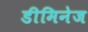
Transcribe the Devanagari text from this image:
डीमिनेज